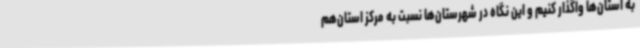
به استان‌ها واگذار کنیم و این نگاه در شهرستان‌ها نسبت به مرکز استان‌هم